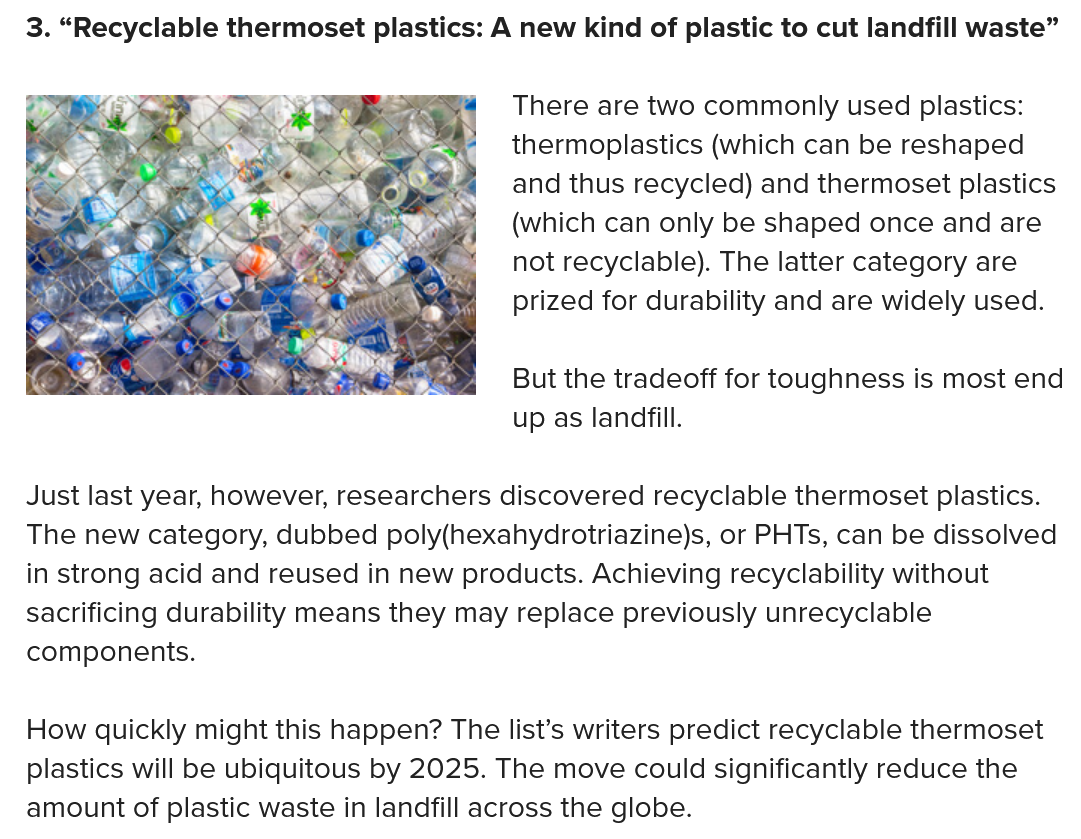
3. “Recyclable thermoset plastics: A new kind of plastic to cut landfill waste”
     There are two commonly used plastics:
     thermoplastics (which can be reshaped
     and thus recycled) and thermoset plastics
     (which can only be shaped once and are
     not recyclable). The latter category are
     prized for durability and are widely used.
     But the tradeoff for toughness is most end
     up as landfill.
  Just last year, however, researchers discovered recyclable thermoset plastics.
  The new  category, dubbed poly(hexahydrotriazine)s, or PHTs, can be dissolved
  in strong acid and reused in new products. Achieving recyclability without
  sacrificing durability means they may replace previously unrecyclable
  components.
  How  quickly might this happen? The list’s writers predict recyclable thermoset
  plastics will be ubiquitous by 2025. The move could significantly reduce the
  amount of plastic waste in landfill across the globe.